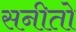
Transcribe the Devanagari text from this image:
सनीतो